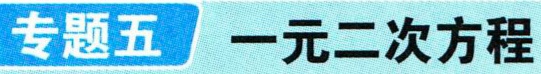
专题五 一元二次方程